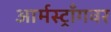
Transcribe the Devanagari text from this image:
आर्मस्ट्राँगवर